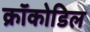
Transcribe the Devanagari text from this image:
क्रॉकोडिल